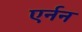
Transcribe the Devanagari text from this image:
एर्नन